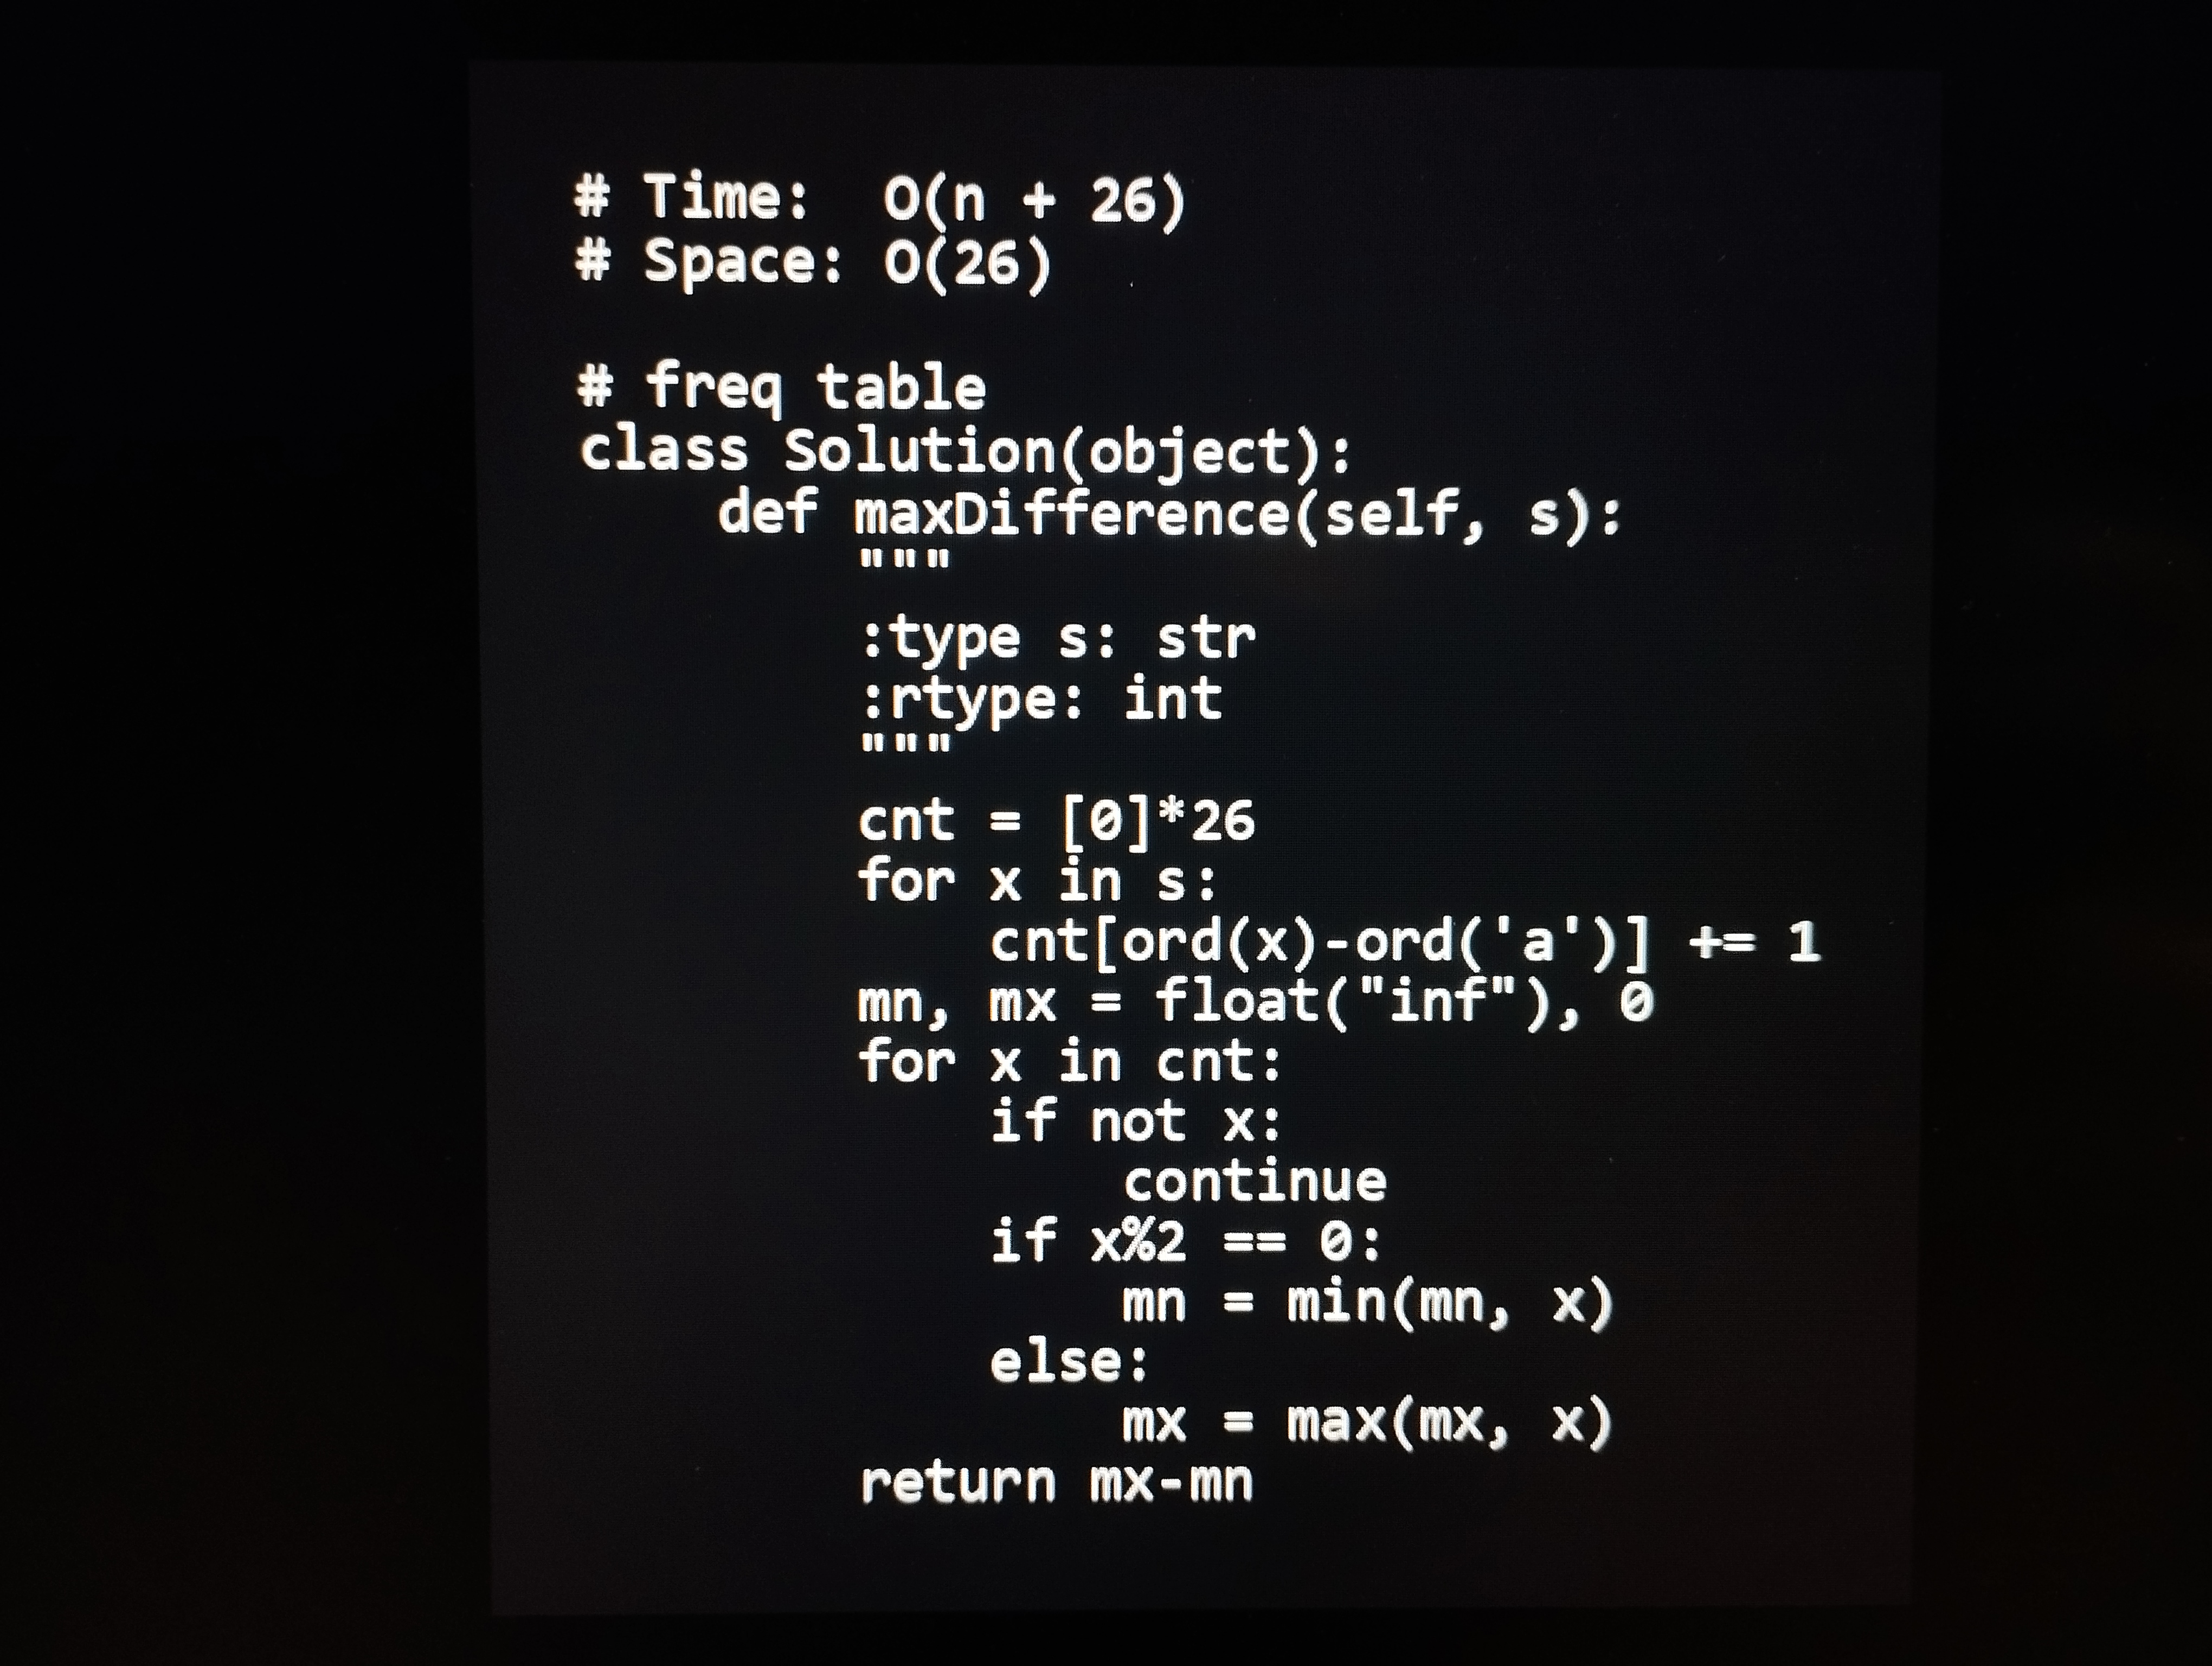
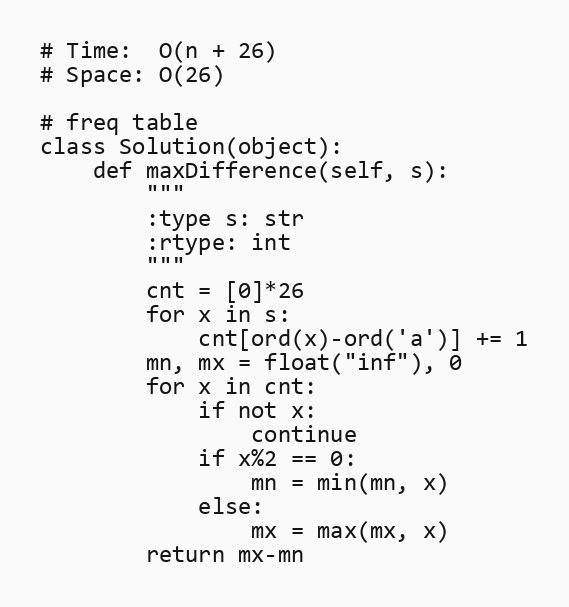
# Time:  O(n + 26)
# Space: O(26)

# freq table
class Solution(object):
    def maxDifference(self, s):
        """
        :type s: str
        :rtype: int
        """
        cnt = [0]*26
        for x in s:
            cnt[ord(x)-ord('a')] += 1
        mn, mx = float("inf"), 0
        for x in cnt:
            if not x:
                continue
            if x%2 == 0:
                mn = min(mn, x)
            else:
                mx = max(mx, x)
        return mx-mn